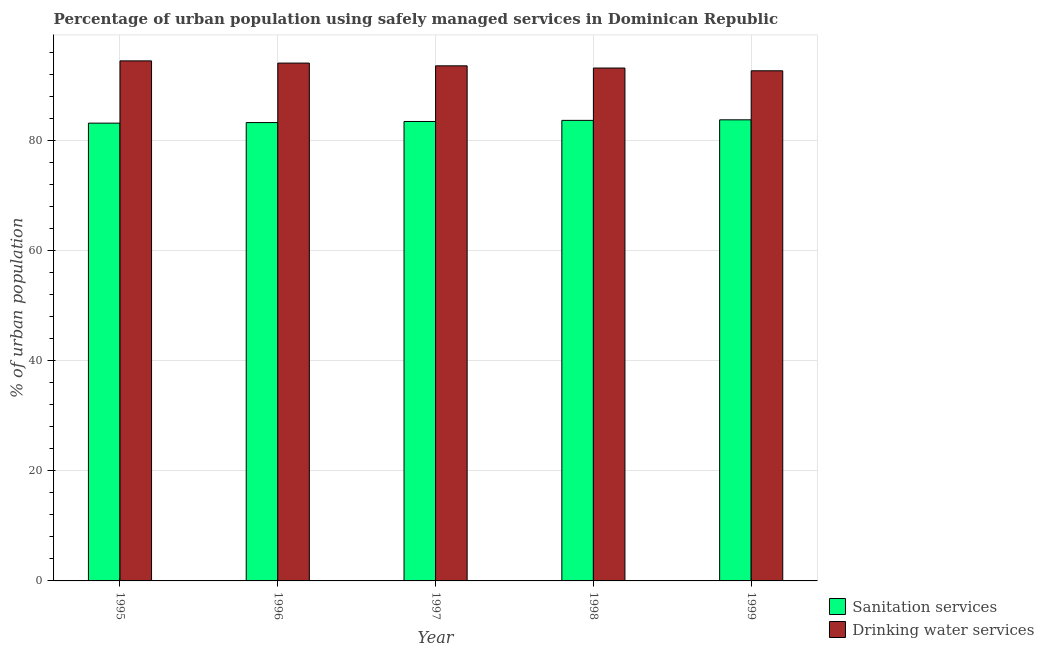
| Year | Sanitation services | Drinking water services |
 | --- | --- | --- |
 | 1995 | 83.1 | 94.4 |
 | 1996 | 83.2 | 94 |
 | 1997 | 83.4 | 93.5 |
 | 1998 | 83.6 | 93.1 |
 | 1999 | 83.7 | 92.6 |